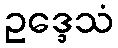
ဥဒ္ဒေသံ